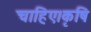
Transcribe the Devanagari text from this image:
चाहिए।कृषि